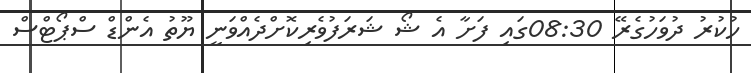
ހުކުރު ދުވަހުގެރޭ 08:30ގައި ފަށާ އެ ޝޯ ޝަރަފުވެރިކޮށްދެއްވަނީ ޔޫތު އެންޑް ސްޕޯޓްސް